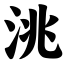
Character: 洮